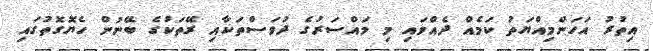
އިތުރު އަހަންމިއްޔަތު ކަމެއް ދެއްވައި މި މައްސަރުގެ ދުވަސްތަކާއި ރޭތަކުގެ ބޭނުން ހެޔޮގޮތުގައި